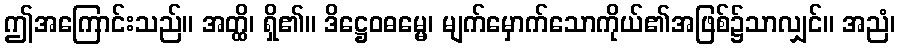
ဤအကြောင်းသည်။ အတ္ထိ၊ ရှိ၏။ ဒိဋ္ဌေဝဓမ္မေ၊ မျက်မှောက်သောကိုယ်၏အဖြစ်၌သာလျှင်။ အညံ၊